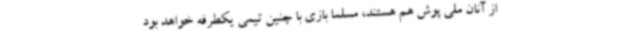
از آنان ملی پوش هم هستند، مسلما بازی با چنین تیمی یکطرفه خواهد بود